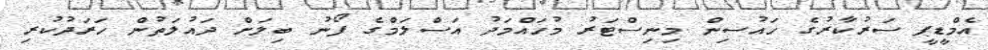
އެމްޑީޕީ ސަރުކާރުގެ ހައުސިން މިނިސްޓަރު މުހައްމަދު އަސްލަމްގެ ފޯނު ބިލަށް ދައުލަތުން ހަރަދުކުރި